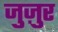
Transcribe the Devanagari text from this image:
जुज़ुर